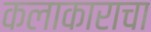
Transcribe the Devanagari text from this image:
कलाकाराचा